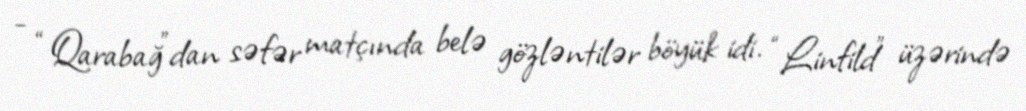
- “Qarabağ”dan səfər matçında belə gözləntilər böyük idi. “Linfild” üzərində